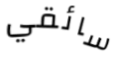
سائقي